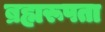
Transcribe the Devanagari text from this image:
ब्रह्मरूपता